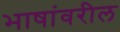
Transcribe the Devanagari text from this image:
भाषांवरील